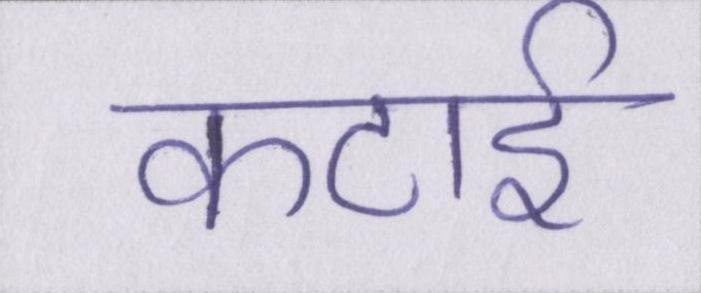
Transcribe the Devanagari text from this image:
कटाई